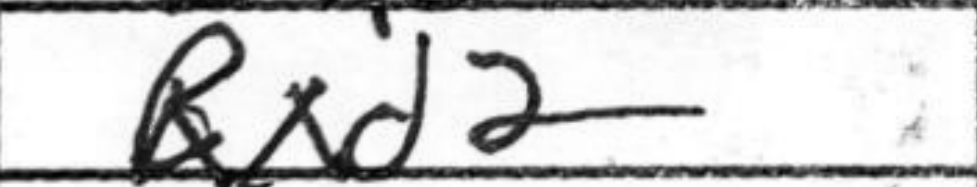
Transcription: Rxd2